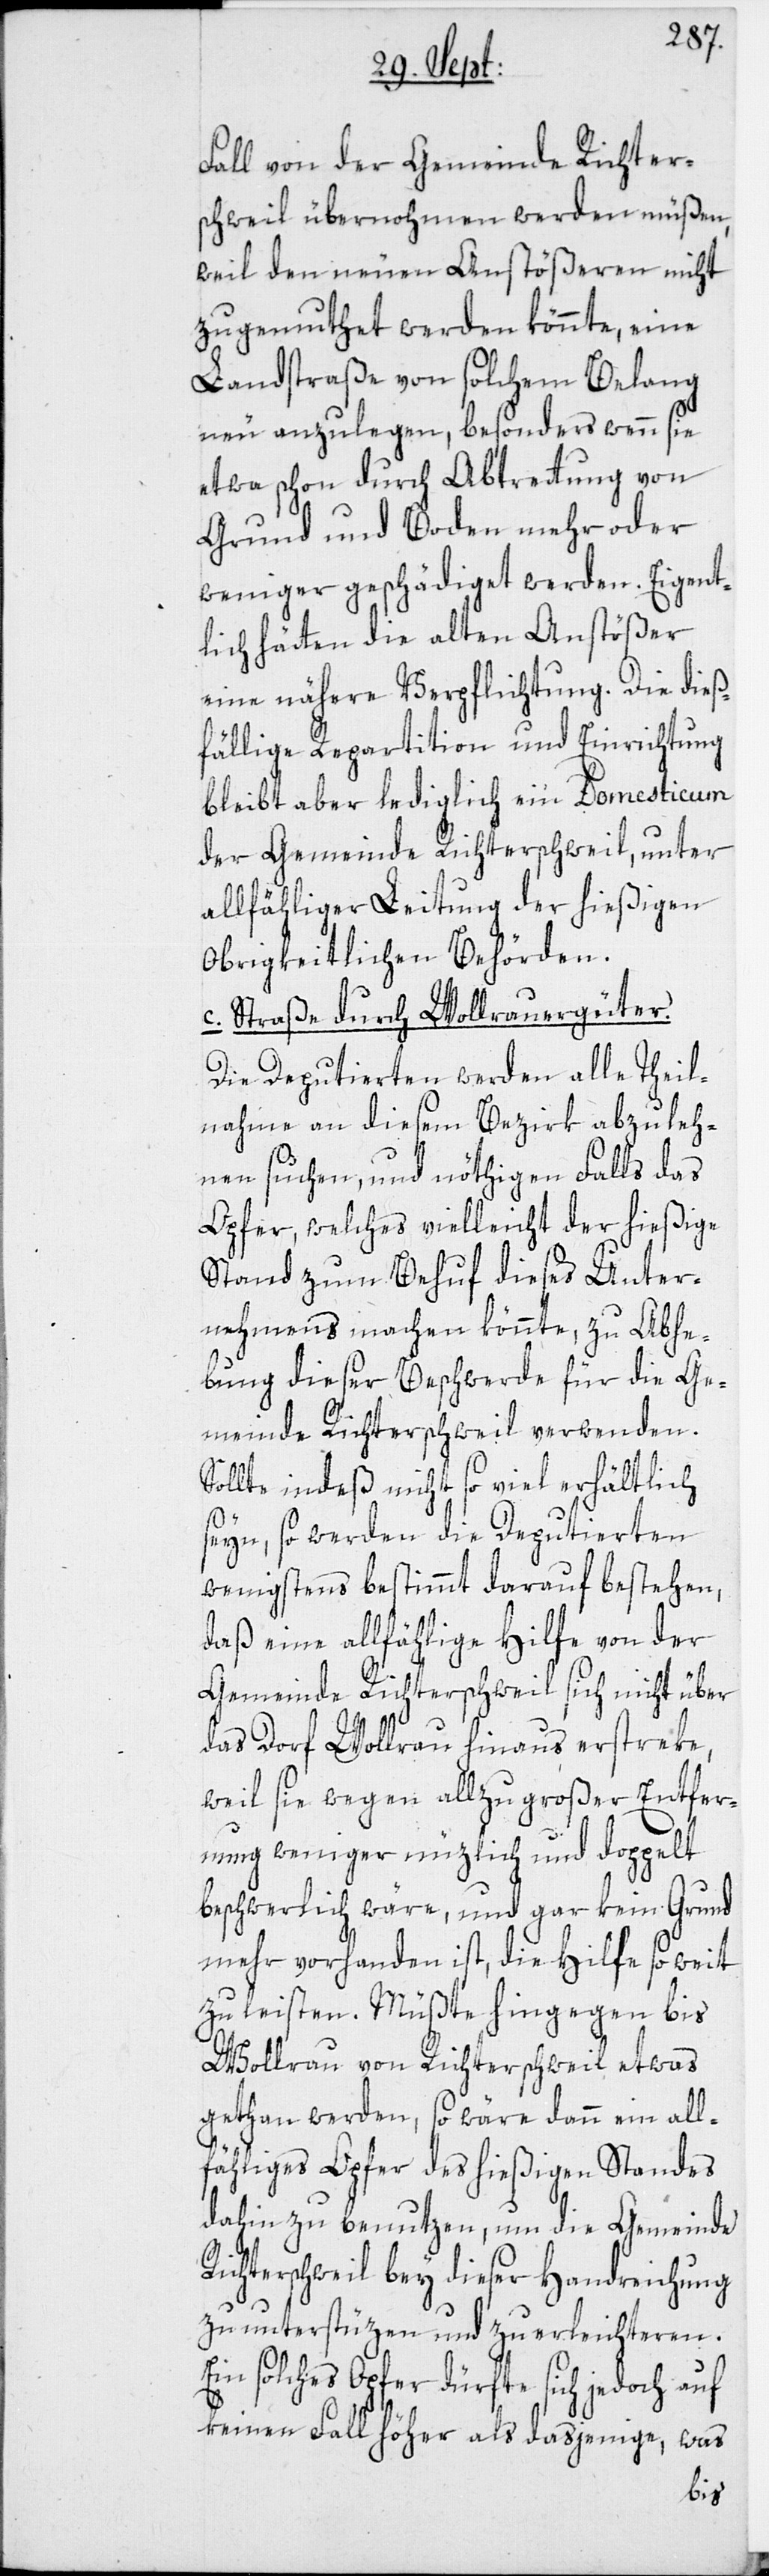
Fall von der Gemeinde Richter¬
schweil übernohmen werden müßen,
weil den neuen Anstößeren nicht
zugemuthet werden könnte, eine
Landstraße von solchem Belang
neu anzulegen, besonders wenn sie
etwa schon durch Abtrettung von
Grund und Boden mehr oder
weniger geschädiget werden. Eigent¬
lich hätten die alten Anstößer
eine nähere Verpflichtung. Die dieß¬
fällige Repartition und Einrichtung
bleibt aber lediglich ein Domesticum
der Gemeinde Richterschweil, unter
allfähliger Leitung der hießigen
Obrigkeitlichen Behörden.
c. Straße durch Wollrauergüter.
Die Deputierten werden alle Theil¬
nahme an diesem Bezirk abzuleh¬
nen suchen, und nöthigen Falls das
Opfer, welches vielleicht der hießige
Stand zum Behuf dieses Unter¬
nehmens machen könnte, zu Abhe¬
bung dieser Beschwerde für die Ge¬
meinde Richterschweil verwenden.
Sollte indeß nicht so viel erhältlich
seyn, so werden die Deputierten
wenigstens bestimmt darauf bestehen,
daß eine allfählige Hilfe von der
Gemeinde Richterschweil sich nicht über
das Dorf Wollrau hinaus erstreke,
weil sie wegen allzu großer Entfer¬
nung weniger nüzlich und doppelt
beschwerlich wäre, und gar kein Grund
mehr vorhanden ist, die Hilfe so weit
zu leisten. Müßte hingegen bis
Wollrau von Richterschweil etwas
gethan werden, so wäre dann ein all¬
fähliges Opfer des hießigen Standes
dahin zu benutzen, um die Gemeinde
Richterschweil bey dieser Handreichung
zu unterstüzen und zu erleichteren.
Ein solches Opfer dürfte sich jedoch auf
keinen Fall höher als dasjenige, was